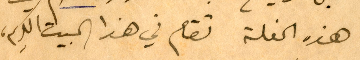
هذه الحفلة تقام في هذا البيت الكريم،